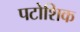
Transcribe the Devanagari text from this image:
पटोशिक